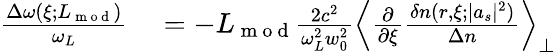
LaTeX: \begin{array}{rl}{\frac{\Delta\omega(\xi;L_{\mathrm{~m~o~d~}})}{\omega_{L}}}&{{}=-L_{\mathrm{~m~o~d~}}\frac{2c^{2}}{\omega_{L}^{2}w_{0}^{2}}\left\langle\frac{\partial}{\partial\xi}\frac{\delta n(r,\xi;|a_{s}|^{2})}{\Delta n}\right\rangle_{\perp}}\end{array}